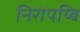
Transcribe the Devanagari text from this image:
निरोपय्बि